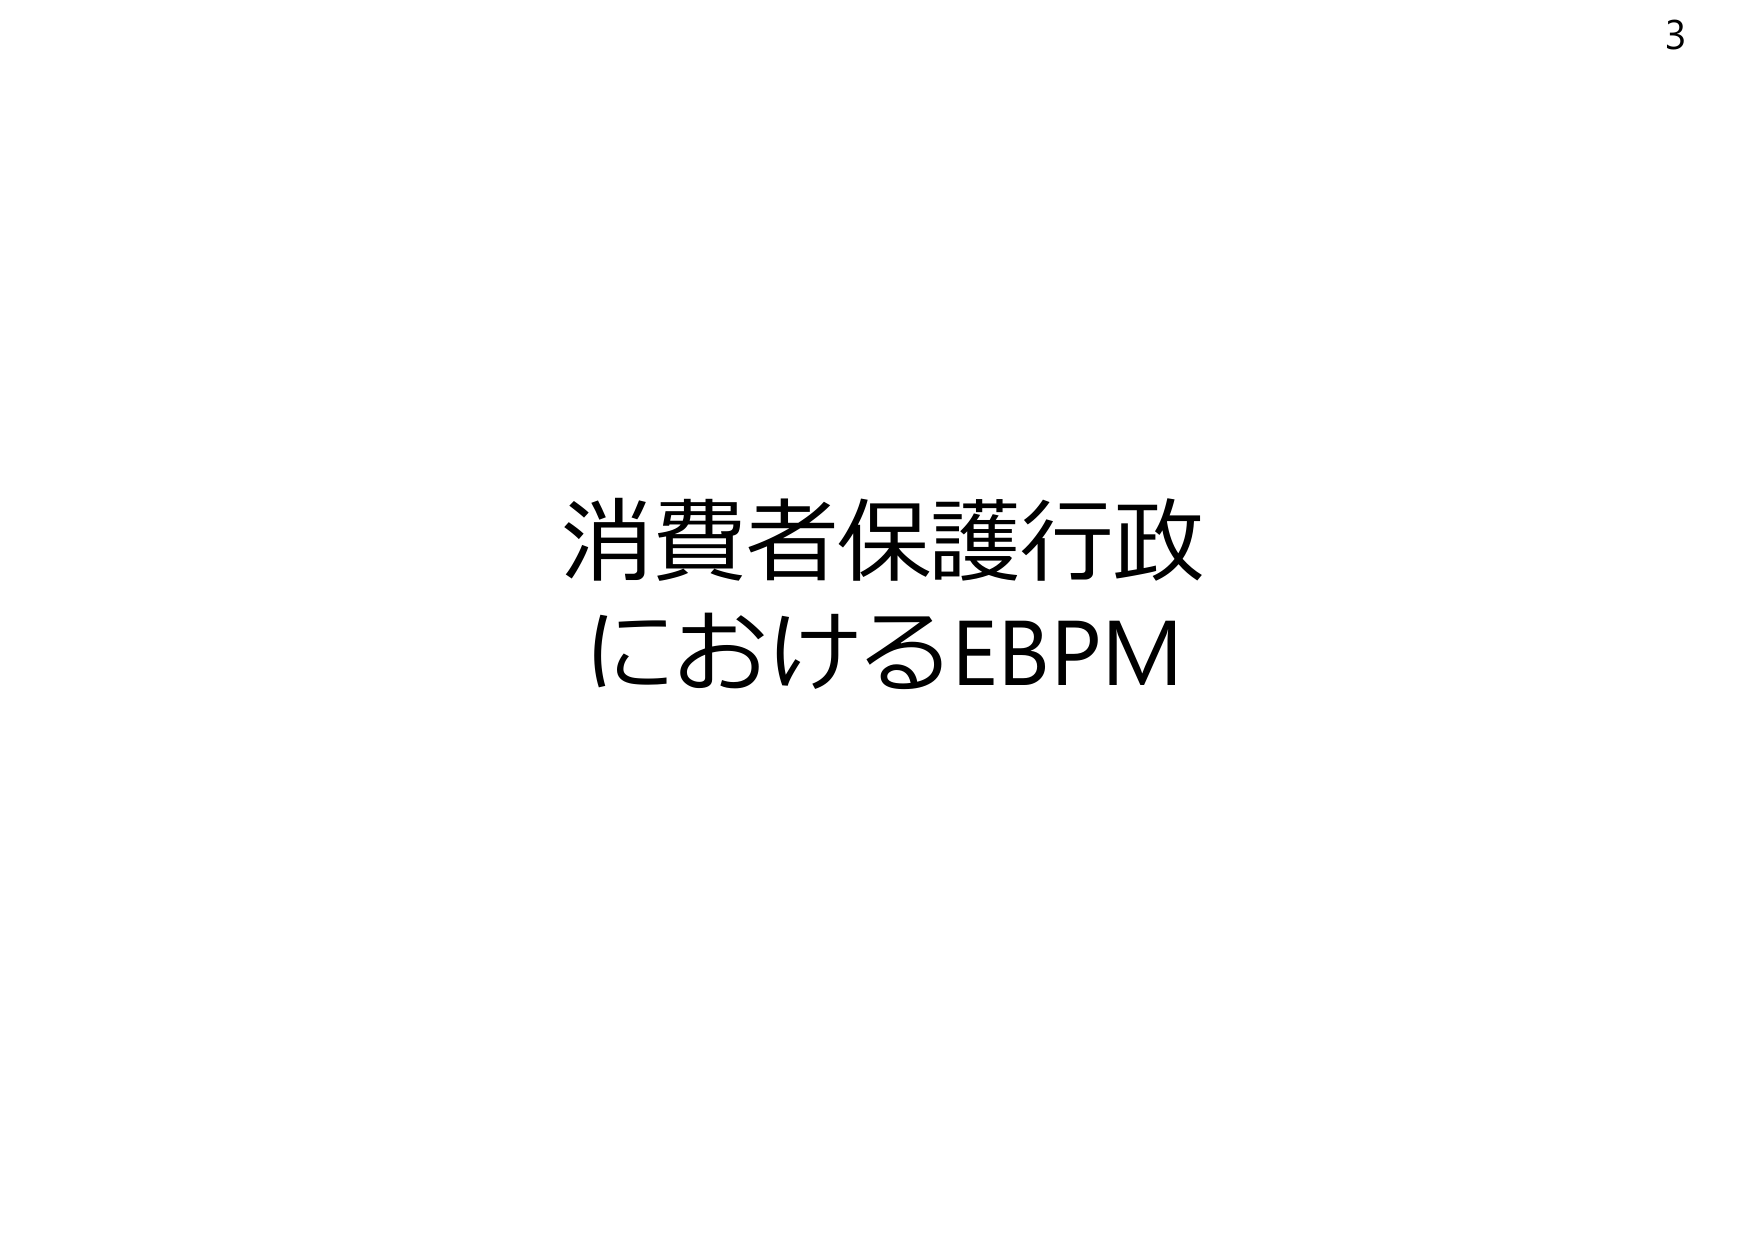
3
消費者保護行政
におけるEBPM